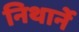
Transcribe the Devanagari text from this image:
निथार्ने